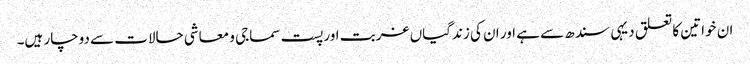
ان خواتین کا تعلق دیہی سندھ سے ہے اور ان کی زندگیاں غربت اور پست سماجی و معاشی حالات سے دوچار ہیں۔